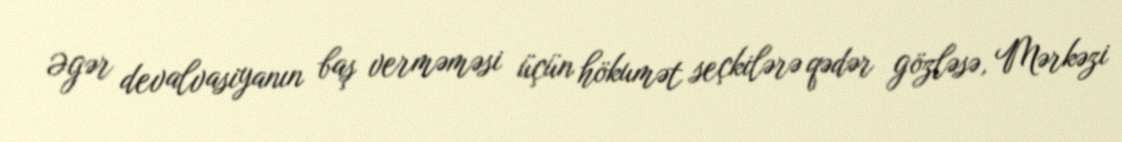
Əgər devalvasiyanın baş verməməsi üçün hökumət seçkilərə qədər gözləsə, Mərkəzi